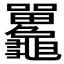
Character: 𪛄